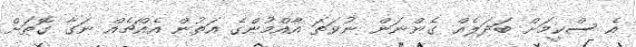
އެ ސްކީމަށް ބަދަލެއް ގެންނަން ނުވަތަ އާއްމުންގެ އަތުން އެއްޗެއް ނަގާ ގޮތަށް